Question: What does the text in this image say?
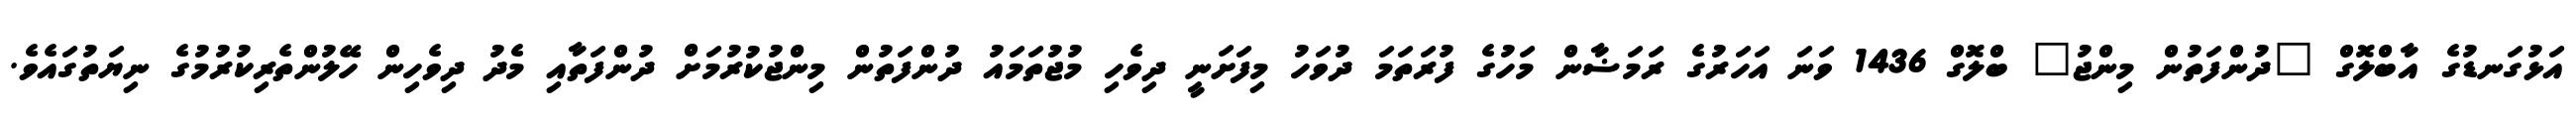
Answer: އަޅުގަނޑުގެ އާބްލޮގް "ދުންފަތުން މިންޖު" ބްލޮގް 1436 ވަނަ އަހަރުގެ ރަމަޟާން މަހުގެ ފުރަތަމަ ދުވަހު މިފަށަނީ ދިވެހި މުޖުތަމައު ދުންފަތުން މިންޖުކުރުމަށް ދުންފަތާއި މެދު ދިވެހިން ހޭލުންތެރިކުރުމުގެ ނިޔަތުގައެވެ.